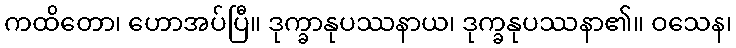
ကထိတော၊ ဟောအပ်ပြီ။ ဒုက္ခာနုပဿနာယ၊ ဒုက္ခနုပဿနာ၏။ ဝသေန၊